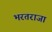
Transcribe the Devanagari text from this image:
भरतराजा